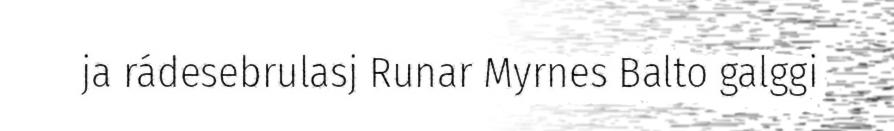
ja rádesebrulasj Runar Myrnes Balto galggi